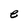
Character: e